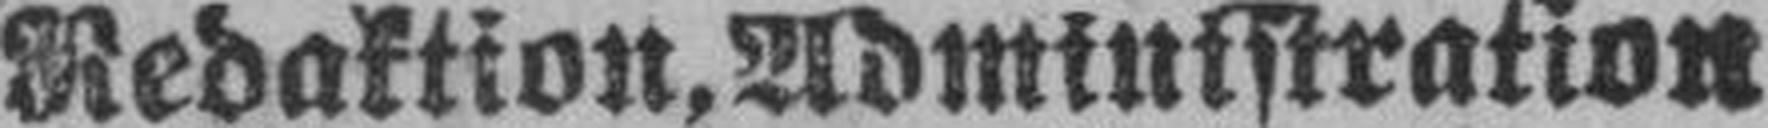
Redaktion, Adminrstration